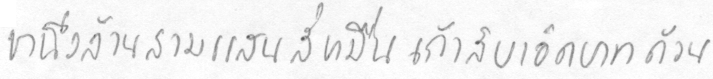
หนึ่งล้านสามแสนสี่หมื่นเก้าสิบเอ็ดบาทถ้วน